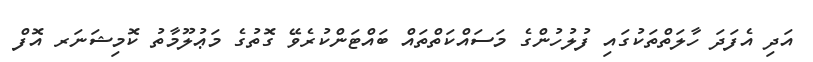
އަދި އެފަދަ ހާލަތްތަކުގައި ފުލުހުންގެ މަސައްކަތްތައް ބައްޓަންކުރެވޭ ގޮތުގެ މަޢުލޫމާތު ކޮމިޝަނަރ އޮފް